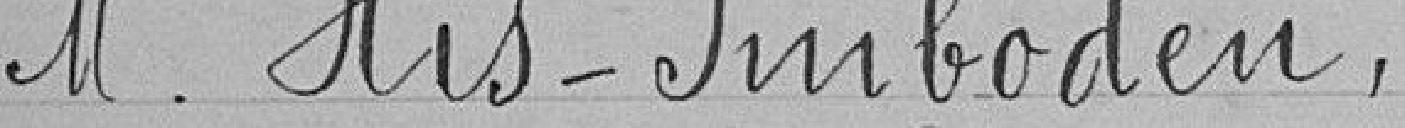
M. His-Imboden